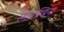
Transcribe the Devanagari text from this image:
स्मारग्डिना